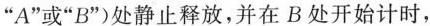
“A”或“B”)处静止释放，并在B处开始计时，